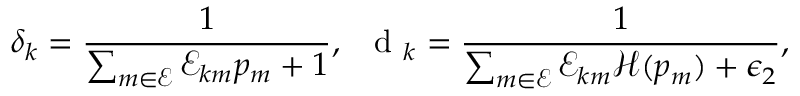
\delta _ { k } = \frac { 1 } { \sum _ { m \in \mathcal { E } } \mathcal { E } _ { k m } p _ { m } + 1 } , \; \; \mathrm { ~ d ~ } _ { k } = \frac { 1 } { \sum _ { m \in \mathcal { E } } \mathcal { E } _ { k m } \mathcal { H } ( p _ { m } ) + \epsilon _ { 2 } } ,